Specificity of antivenomous sera, with special reference to a serum prepared with the venom of Daboia russellii - Number 16
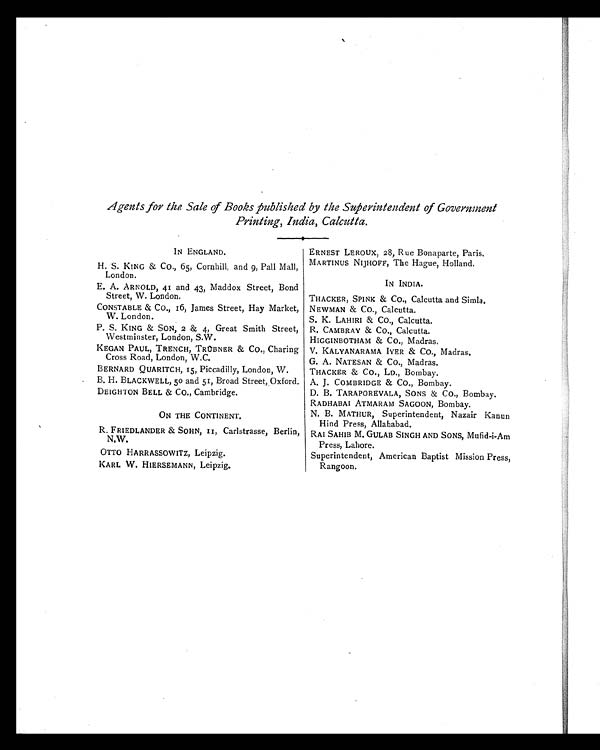
Agents for the Sale of Books published by the Superintendent of Government
Printing, India, Calcutta.
IN ENGLAND.
ERNEST LEROUX, 28, Rue Bonaparte, Paris,
H. S. KING & CO., 65, Cornhill, and 9, Pall Mall,
London.
MARTINUS NIJHOFF, The Hague, Holland.
IN INDIA.
E. A. ARNOLD, 41 and 43, Maddox Street, Bond
Street, W. London.
THACKER, SPINK & CO., Calcutta and Simla.
CONSTABLE & CO., 16, James Street, Hay Market,
W. London.
NEWMAN & CO., Calcutta.
S. K. LAHIRI & CO., Calcutta.
P. S. KING & SON, 2 & 4, Great Smith Street,
Westminster, London, S.W.
R. CAMBRAY & Co., Calcutta.
HIGGINBOTHAM & Co., Madras.
KEGAN PAUL, TRENCH, TRÜBNER & CO., Charing
Cross Road, London, W.C.
V. KALYANARAMA IYER & CO., Madras,
G. A. NATESAN & Co., Madras.
BERNARD QUARITCH, 15, Piccadilly, London, W.
THACKER & CO., LD., Bombay.
B. H. BLACKWELL, 50 and 51, Broad Street, Oxford. A. J. COMBRIDGE & Co., Bombay.
DEIGHTON BELL & Co., Cambridge.
D. B. TARAPOREVALA, SONS & CO., Bombay.
RADHABAI ATMARAM SAGOON, Bombay.
ON THE CONTINENT.
N. B. MATHUR, Superintendent, Nazair Kanun
Hind Press, Allahabad.
R. FRIEDLANDER & SOHN, 11, Carlstrasse, Berlin,
N.W.
RAI SAHIB M. GULAB SINGH AND SONS, Mufid-i-Am
Press, Lahore.
OTTO HARRASSOWITZ, Leipzig.
Superintendent, American Baptist Mission Press,
Rangoon.
KARL W. HIERSEMANN, Leipzig.